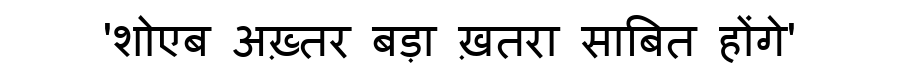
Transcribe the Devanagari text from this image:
'शोएब अख़्तर बड़ा ख़तरा साबित होंगे'